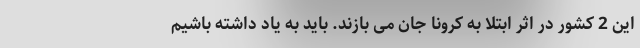
این 2 کشور در اثر ابتلا به کرونا جان می بازند. باید به یاد داشته باشیم